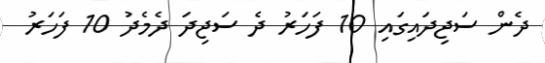
ދެން ސަޖިދައިގައި 10 ފަހަރު ދެ ސަޖިދަ ދެމެދު 10 ފަހަރު